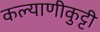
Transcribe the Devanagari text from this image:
कल्याणीकुट्टी